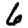
Digit: 6